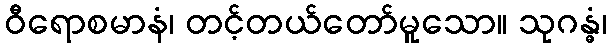
ဝီရောစမာနံ၊ တင့်တယ်တော်မူသော။ သုဂန္ဓံ၊